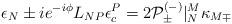
LaTeX: \begin{align*}\epsilon _{N}\pm ie^{-i\phi }L_{NP}\epsilon ^{P}_{c}=2{\cal P}^{(-)}_{\pm }|_{N}^{M}\kappa _{M\mp }\end{align*}